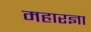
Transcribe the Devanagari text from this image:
महारज्ञा